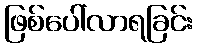
ဖြစ်ပေါ်လာရခြင်း